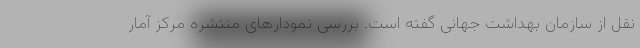
نقل از سازمان بهداشت جهانی گفته است. بررسی نمودارهای منتشره مرکز آمار